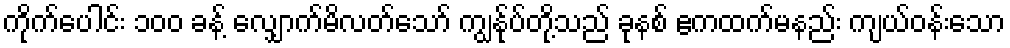
ကိုက်ပေါင်း ၁၀၀ ခန့် လျှောက်မိလတ်သော် ကျွန်ုပ်တို့သည် ခုနစ် ဧကထက်မနည်း ကျယ်ဝန်းသော